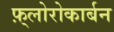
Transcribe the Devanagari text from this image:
फ़्लोरोकार्बन